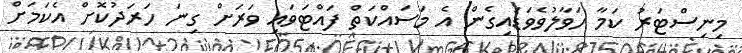
މިނިސްޓަރު ކަމާ ހަވާލުވެވަޑައިގެން އެ މަސައްކަތް ފައްޓަވައި ވަރަށް ގިނަ ހަރަދުކޮށް އެކަމަށް